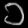
Digit: ၁